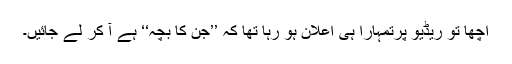
اچھا تو ریڈیو پرتمہارا ہی اعلان ہو رہا تھا کہ ’’جن کا بچہ‘‘ ہے آ کر لے جائیں۔